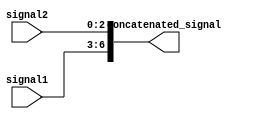
module concatenation_example (
    input wire [3:0] signal1,
    input wire [2:0] signal2,
    output reg [6:0] concatenated_signal
);

always @(*) begin
    concatenated_signal = {signal1, signal2};
end

endmodule